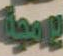
يومية